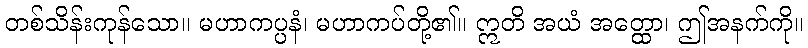
တစ်သိန်းကုန်သော။ မဟာကပ္ပနံ၊ မဟာကပ်တို့၏။ ဣတိ အယံ အတ္ထော၊ ဤအနက်ကို။